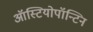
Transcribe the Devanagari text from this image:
ऑस्टियोपॉन्टिन